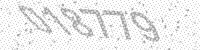
Solution: 018779